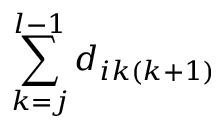
\sum _ { k = j } ^ { l - 1 } d _ { i k ( k + 1 ) }